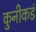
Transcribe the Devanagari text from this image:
कुनीकडं